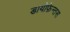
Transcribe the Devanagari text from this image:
डायोफ़ेन्तस